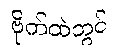
ဗိုက်ထဲတွင်